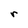
Character: r